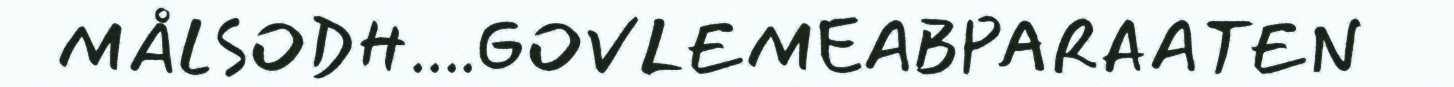
MÅLSODH....GOVLEMEABPARAATEN